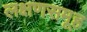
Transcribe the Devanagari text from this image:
लक्षणसमूह